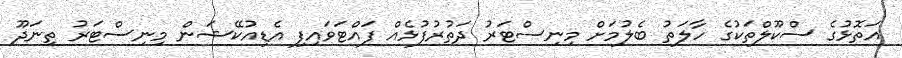
އަތޮޅުގެ ސްކޫލްތަކުގެ ހާލަތު ބެލުމަށް މިނިސްޓަރު ދަތުރުފުޅެއް ފައްޓަވައިފި އެޑިއުކޭޝަން މިނިސްޓަރު ތިނަދޫ